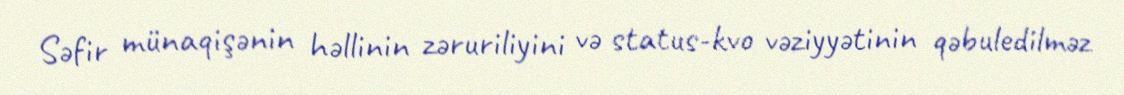
Səfir münaqişənin həllinin zəruriliyini və status-kvo vəziyyətinin qəbuledilməz